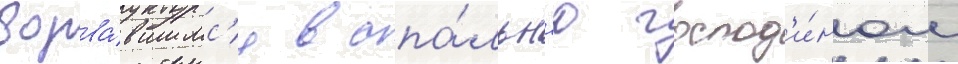
ворва́вшимс'я в спа́льн'ю господ'и́ном